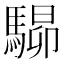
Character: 𩤶